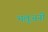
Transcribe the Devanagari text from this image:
भलुअनी